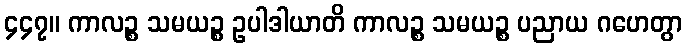
၄၄၇။ ကာလဉ္စ သမယဉ္စ ဥပါဒါယာတိ ကာလဉ္စ သမယဉ္စ ပညာယ ဂဟေတွာ